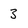
Character: 3